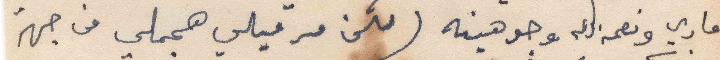
ماري ونعمه الله وجوهينة ( لكن مرقيلي هجملي من جهة